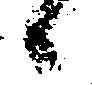
候